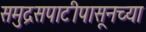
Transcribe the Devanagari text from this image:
समुद्रसपाटीपासूनच्या